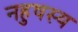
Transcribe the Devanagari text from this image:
नहुषस्य